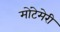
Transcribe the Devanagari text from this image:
मोंटेमेरी